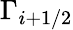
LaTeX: \Gamma_{i+1/2}